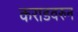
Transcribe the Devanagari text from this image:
कराडवरुन